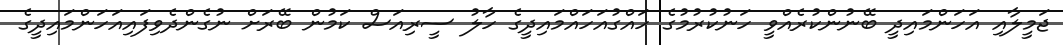
ޖަމީލާއި އަހަންމައިދީ ބޭނުންކުރެއްވީ ހަނުކުރުމުގެ ހައްގުއަހައްމައިދީގެ ހާލު ސީރިއަސް ކަމުން ބޭރަށް ނުގެންދެވިފައިއަހަންމައިދީގެ